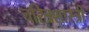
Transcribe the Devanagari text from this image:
चरित्रशास्त्री